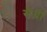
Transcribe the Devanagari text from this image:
सैंग्रो